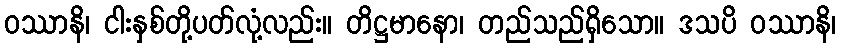
ဝဿာနိ၊ ငါးနှစ်တို့ပတ်လုံ့လည်း။ တိဋ္ဌမာနော၊ တည်သည်ရှိသော။ ဒသပိ ဝဿာနိ၊